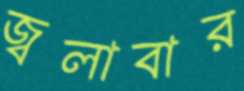
জ্বলাবার